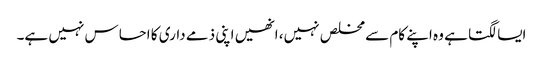
ایسا لگتا ہے وہ اپنے کام سے مخلص نہیں، انھیں اپنی ذمے داری کا احساس نہیں ہے۔